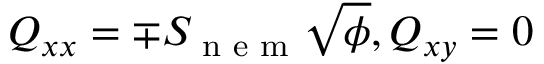
Q _ { x x } = \mp S _ { \footnotesize { \mathrm { ~ n ~ e ~ m ~ } } } \sqrt \phi , Q _ { x y } = 0